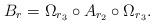
LaTeX: \begin{align*}B_{r}=\Omega_{r_{3}}\circ A_{r_{2}}\circ \Omega_{r_{3}}.\end{align*}